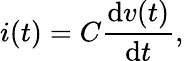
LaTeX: i(t)=C{\frac{\mathrm{d}v(t)}{\mathrm{d}t}},